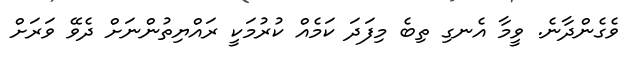
ވެގެންދާނެ. ވީމާ އެނގި ތިބެ މިފަދަ ކަމެއް ކުރުމަކީ ރައްޔިތުންނަށް ދެވޭ ވަރަށް